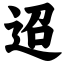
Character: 迢